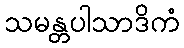
သမန္တပါသာဒိကံ